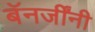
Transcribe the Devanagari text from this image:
बॅनर्जींनी